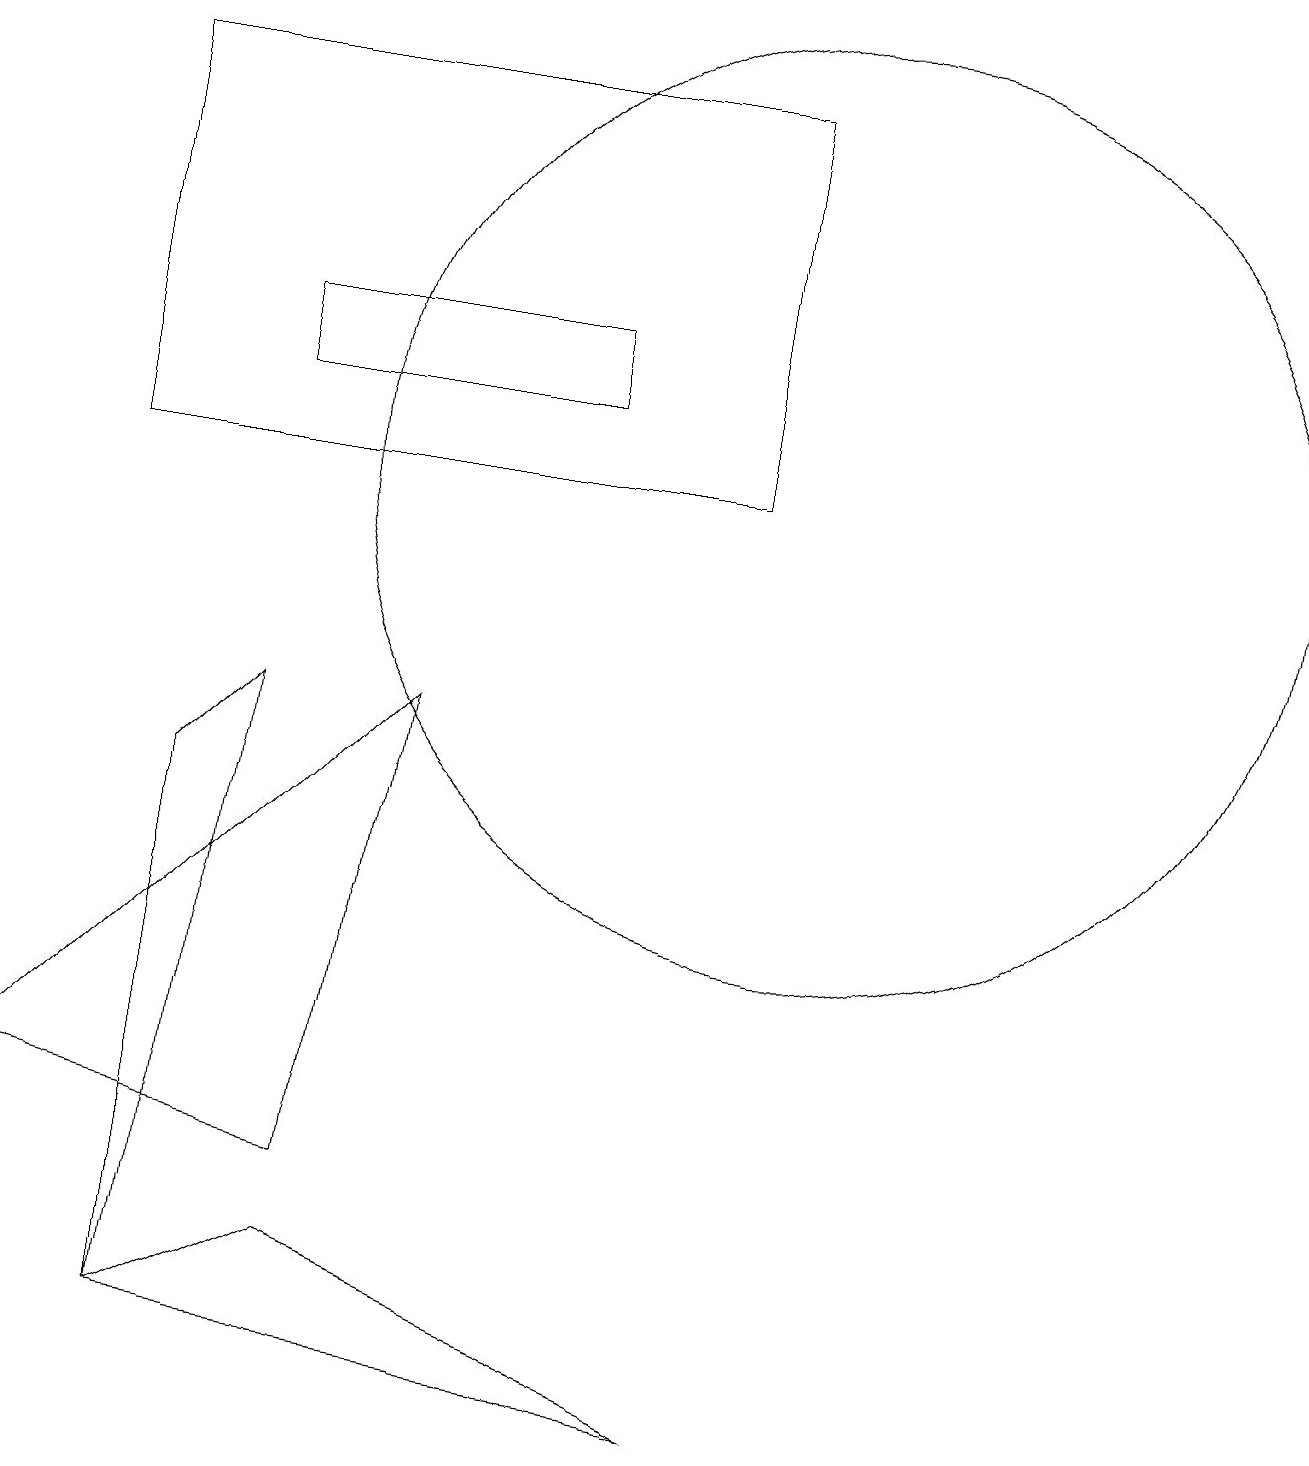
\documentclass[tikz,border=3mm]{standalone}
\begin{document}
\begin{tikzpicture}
\draw (12,11) circle (0);
\draw (2,8) -- (2,1) -- (3,9) -- cycle;
\draw (1,12) rectangle (9,17);
\draw (5,9) -- (0,4) -- (4,3) -- cycle;
\draw (3,14) rectangle (7,13);
\draw (9,0) -- (4,2) -- (2,1) -- cycle;
\draw (10,12) circle (6);
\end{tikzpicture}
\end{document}